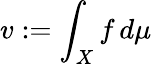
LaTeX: v:=\int_{X}f\, d\mu